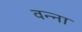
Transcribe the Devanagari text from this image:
वन्ना